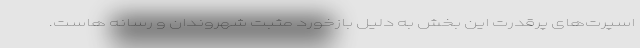
اسپرت‌های پرقدرت این بخش به دلیل بازخورد مثبت شهروندان و رسانه هاست.